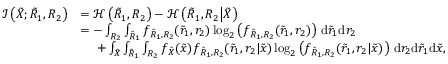
\begin{array} { r l } { \mathcal { I } \left( { { \tilde { X } } } ; { { { \tilde { R } } } _ { 1 } } , { { { R } } _ { 2 } } \right) } & { = \mathcal { H } \left( { { { \tilde { R } } } _ { 1 } } , { { { R } } _ { 2 } } \right) - \mathcal { H } \left( { { { \tilde { R } } } _ { 1 } } , { { { R } } _ { 2 } } \big | { { \tilde { X } } } \right) } \\ & { = - \int _ { { { { R } } _ { 2 } } } \int _ { { { { \tilde { R } } } _ { 1 } } } f _ { { { { \tilde { R } } } _ { 1 } } , { { { R } } _ { 2 } } } ( { { { \tilde { r } } } _ { 1 } } , { { { r } } _ { 2 } } ) \log _ { 2 } \left( f _ { { { { \tilde { R } } } _ { 1 } } , { { { R } } _ { 2 } } } ( { { { \tilde { r } } } _ { 1 } } , { { { r } } _ { 2 } } ) \right) \, \mathrm { d } { { { \tilde { r } } } _ { 1 } } \mathrm { d } { { { r } } _ { 2 } } } \\ & { \, \, \, \, \, \, \, \, + \int _ { { { \tilde { X } } } } \int _ { { { \tilde { R } _ { 1 } } } } \int _ { { { { R _ { 2 } } } } } f _ { { { \tilde { X } } } } ( \tilde { x } ) f _ { { { \tilde { R } } _ { 1 } } , { { { R _ { 2 } } } } } ( \tilde { r } _ { 1 } , { r _ { 2 } } | \tilde { x } ) \log _ { 2 } \left( f _ { { { \tilde { R } _ { 1 } } } , { { { R _ { 2 } } } } } ( \tilde { r } _ { 1 } , { r _ { 2 } } | \tilde { x } ) \right) \, \mathrm { d } { r _ { 2 } } \mathrm { d } \tilde { r } _ { 1 } \mathrm { d } \tilde { x } , } \end{array}